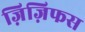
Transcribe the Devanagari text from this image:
ज़िज़िफस